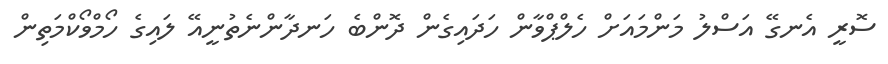
ސޮރީ އެނގޭ އަސްލު މަންމައަށް ހެލްޕްވާން ހަދައިގެން ދޮންބެ ހަނދާންނެތުނީއޭ ލައިގެ ހޯމްވޯކްމަތިން